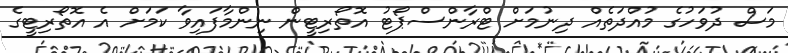
މަސް ދުވަހުގެ މުއްދަތެއް ދިނުމަށް ޓްރާންސްޕޯޓު އޮތޯރިޓީން ނިންމާފައިވާ ކަމަށް އެ އޮތޯރިޓީގެ